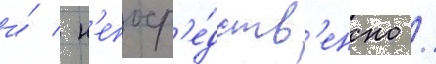
и́ / н'епоср'е́дств'енно /